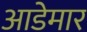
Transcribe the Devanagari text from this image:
आडेमार